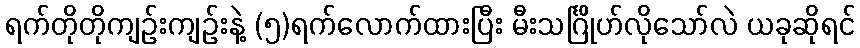
ရက်တိုတိုကျဉ်းကျဉ်းနဲ့ (၅)ရက်လောက်ထားပြီး မီးသင်္ဂြိုဟ်လိုသော်လဲ ယခုဆိုရင်